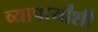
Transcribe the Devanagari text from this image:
व्यापार्यांशी